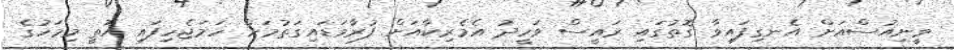
ވީނިއުސްއަށް އެނގިފައިވާ ގޮތުގައި ރައީސް ވަހީދު އެމެރިކާއަށް ފުރާވަޑައިގަތުމަށް ހަމަޖެހިފައި އޮތީ މިމަހުގެ